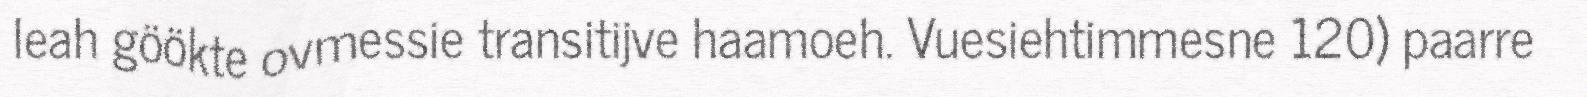
leah göökte ovmessie transitijve haamoeh. Vuesiehtimmesne 120) paarre